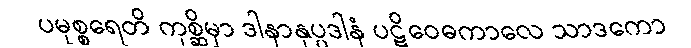
ပမုစ္စရေတိ ကုစ္ဆိမှာ ဒါနာနုပ္ပဒါနံ ပဋိဝေဓကာလေ သာဒကော